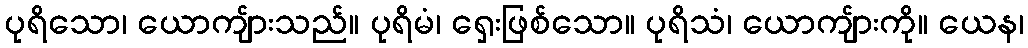
ပုရိသော၊ ယောကျ်ားသည်။ ပုရိမံ၊ ရှေးဖြစ်သော။ ပုရိသံ၊ ယောကျ်ားကို။ ယေန၊